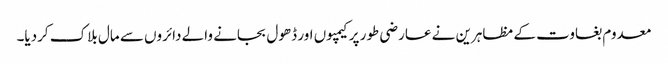
معدوم بغاوت کے مظاہرین نے عارضی طور پر کیمپوں اور ڈھول بجانے والے دائروں سے مال بلاک کردیا۔